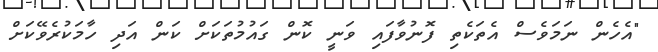
"އެހެން ނަމަވެސް އެތަކެތި ފޮނުވާފައި ވަނީ ކޮން ގައުމުތަކަށް ކަން އަދި ހާމަކުރެވޭކަށް